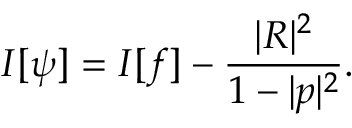
I [ \psi ] = I [ f ] - { \frac { | R | ^ { 2 } } { 1 - | p | ^ { 2 } } } .